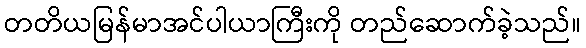
တတိယမြန်မာအင်ပါယာကြီးကို တည်ဆောက်ခဲ့သည်။